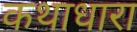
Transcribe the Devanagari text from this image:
कथाधारा